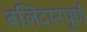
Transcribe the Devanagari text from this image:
बलिदानपूर्ण